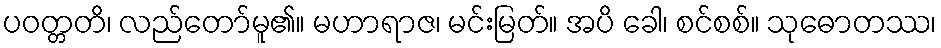
ပဝတ္တတိ၊ လည်တော်မူ၏။ မဟာရာဇ၊ မင်းမြတ်။ အပိ ခေါ၊ စင်စစ်။ သုဓောတဿ၊